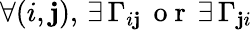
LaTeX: \forall(i,\mathbf{j}),\, \exists\, \Gamma_{i\mathbf{j}}\, \mathrm{{~o~r~}}\, \exists\, \Gamma_{\mathbf{j}i}